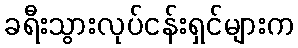
ခရီးသွားလုပ်ငန်းရှင်များက